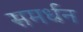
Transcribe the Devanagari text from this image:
समर्धन